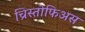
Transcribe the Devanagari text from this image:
च्रिस्तोफिअस